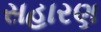
સહારણ